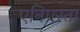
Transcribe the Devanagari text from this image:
एनिएस्ता